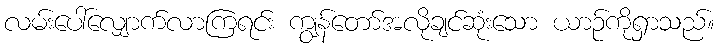
လမ်းပေါ်လျှောက်လာကြရင်း ကျွန်တော်အလိုချင်ဆုံးသော ယာဉ်ကိုရှာသည်။